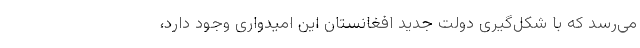
می‌رسد که با شکل‌گیری دولت جدید افغانستان این امیدواری وجود دارد،